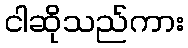
ငါဆိုသည်ကား